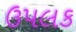
ઉપલક